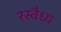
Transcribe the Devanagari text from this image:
रस्वैध्य